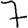
Digit: 7